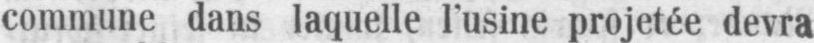
commune dans laquelle l’usine projetée devra